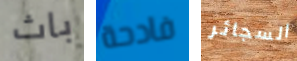
باث فادحة السجائر